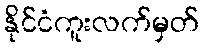
နိုင်ငံကူးလက်မှတ်